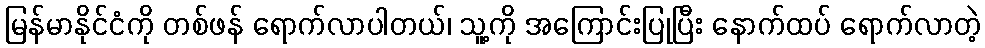
မြန်မာနိုင်ငံကို တစ်ဖန် ရောက်လာပါတယ်၊ သူ့ကို အကြောင်းပြုပြီး နောက်ထပ် ရောက်လာတဲ့